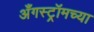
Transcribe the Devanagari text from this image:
अँगस्ट्रॉमच्या